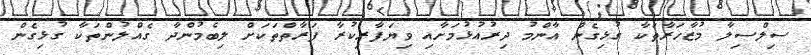
ސިލްސިލާ މުޒާހަރާތަކާ ގުޅިގެން އާންމު ދިރުއުޅުމަށާއި ވިޔަފާރިކުރާ ފަރާތްތަކަށް ލިބެމުންދާ ގެއްލުންތަކާ ގުޅިގެން